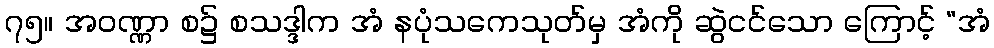
၇၅။ အဝဏ္ဏာ စ၌ စသဒ္ဒါက အံ နပုံသကေသုတ်မှ အံကို ဆွဲငင်သော ကြောင့် “အံ